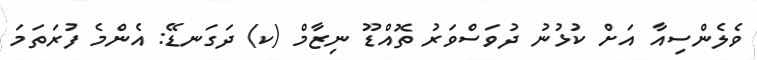
ވެލެންސިއާ އަށް ކުޅުނު ދުވަސްވަރު ތޮއްޑޫ ނިޒާމް (ކ) ދަގަނޑޭ: އެންމެ ފުރަތަމަ